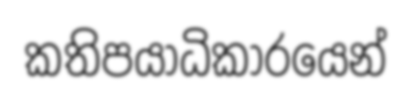
කතිපයාධිකාරයෙන්